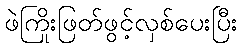
ဖဲကြိုးဖြတ်ဖွင့်လှစ်ပေးပြီး